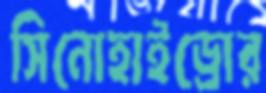
সিনোহাইড্রোর